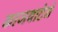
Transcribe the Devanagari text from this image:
काजवाटेने